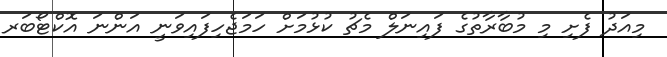
މިއަދު ފެށި މި މުބާރާތުގެ ފައިނަލް މެޗު ކުޅުމަށް ހަމަޖެހިފައިވަނީ އަންނަ އޮކްޓޯބަރ